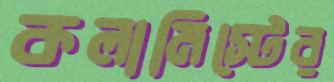
কলামিস্টের